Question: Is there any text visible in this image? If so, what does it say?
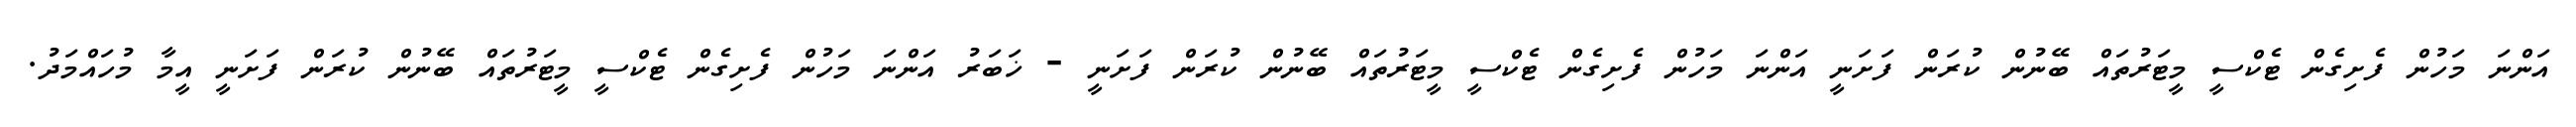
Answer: އަންނަ މަހުން ފެށިގެން ޓެކްސީ މީޓަރުތައް ބޭނުން ކުރަން ފަށަނީ އަންނަ މަހުން ފެށިގެން ޓެކްސީ މީޓަރުތައް ބޭނުން ކުރަން ފަށަނީ - ޚަބަރު އަންނަ މަހުން ފެށިގެން ޓެކްސީ މީޓަރުތައް ބޭނުން ކުރަން ފަށަނީ އީމާ މުހައްމަދު.